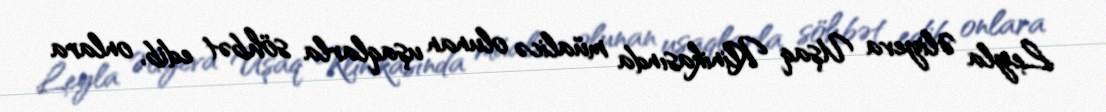
Leyla Əliyeva Uşaq Klinikasında müalicə olunan uşaqlarla söhbət edib, onlara